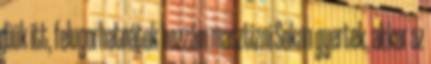
fiúk itt, felugorhatnátok hozzám masztizni Sokan gyertek, akkor az